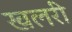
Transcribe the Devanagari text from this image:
खलरी